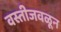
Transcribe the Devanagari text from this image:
वस्तीजवळून